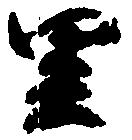
里